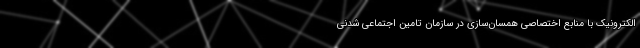
الکترونیک با منابع اختصاصی همسان‌سازی در سازمان تامین اجتماعی شدنی